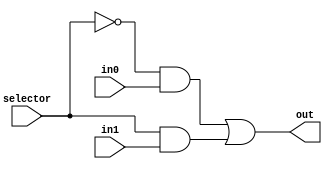
`timescale 1ns / 1ps
//////////////////////////////////////////////////////////////////////////////////
// Company: 
// Engineer: 
// 
// Design Name: 
// Module Name: mux2to1
// Project Name: 
// Target Devices: 
// Tool Versions: 
// Description: 
// 
// Dependencies: 
// 
// Revision:
// Revision 0.01 - File Created
// Additional Comments:
// 
//////////////////////////////////////////////////////////////////////////////////


module mux2to1(
    input in0,
    input in1,
    input selector,
    output out
    );
    
    assign out = (~selector & in0) | (selector & in1);
endmodule